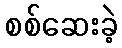
စစ်ဆေးခဲ့